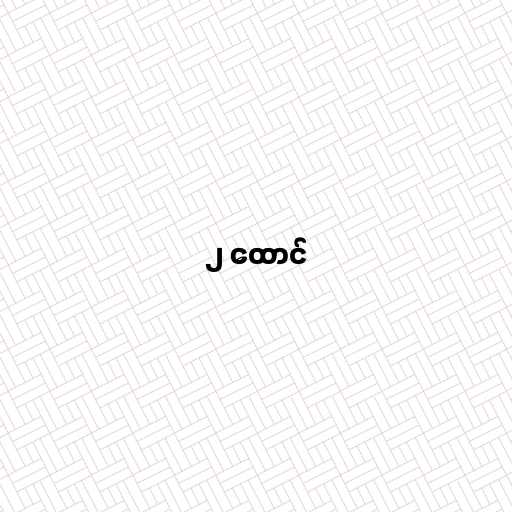
၂ ထောင်